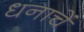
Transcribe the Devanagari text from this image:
धनाचें